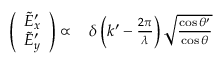
\begin{array} { r l } { \left( \begin{array} { l } { \tilde { E } _ { x } ^ { \prime } } \\ { \tilde { E } _ { y } ^ { \prime } } \end{array} \right) \propto \, } & { { } \delta \left( k ^ { \prime } - \frac { 2 \pi } { \lambda } \right) \sqrt { \frac { \cos \theta ^ { \prime } } { \cos \theta } } } \end{array}